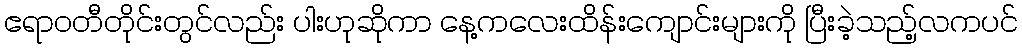
ဧရာဝတီတိုင်းတွင်လည်း ပါးဟုဆိုကာ နေ့ကလေးထိန်းကျောင်းများကို ပြီးခဲ့သည့်လကပင်